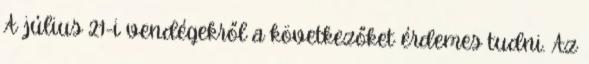
A július 21-i vendégekről a következőket érdemes tudni. Az